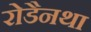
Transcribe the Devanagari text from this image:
रोडैनथा